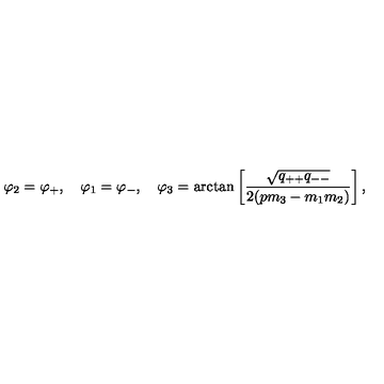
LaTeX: \varphi _ { 2 } = \varphi _ { + } , \quad \varphi _ { 1 } = \varphi _ { - } , \quad \varphi _ { 3 } = \arctan \left[ \frac { \sqrt { q _ { + + } q _ { -- } } } { 2 ( p m _ { 3 } - m _ { 1 } m _ { 2 } ) } \right] ,